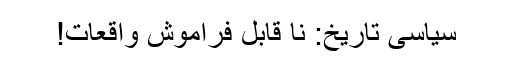
سیاسی تاریخ: نا قابل فراموش واقعات!